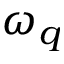
\omega _ { q }